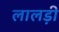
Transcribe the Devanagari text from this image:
लालड़ी